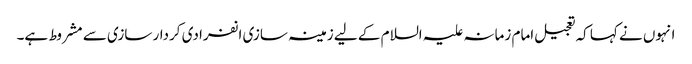
انہوں نے کہا کہ تعجیل امام زمانہ علیہ السلام کے لیے زمینہ سازی انفرادی کردار سازی سے مشروط ہے۔